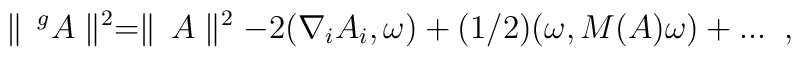
\parallel \, ^g A \parallel^2 = \parallel \, A \parallel^2- 2 ( \nabla_i A_i,  \omega) + (1/2) (\omega, M(A) \omega) + ... \; \; ,